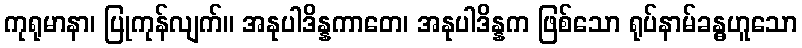
ကုရုမာနာ၊ ပြုကုန်လျက်။ အနုပါဒိန္နကာတေ၊ အနုပါဒိန္နက ဖြစ်သော ရုပ်နာမ်ခန္ဓဟူသော